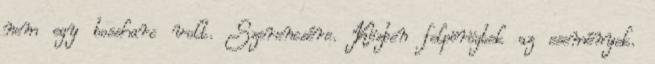
nem egy bossharc volt. Szerencsére. Közben felpörögtek az események.